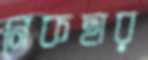
নেকছার